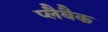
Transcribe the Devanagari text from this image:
प्लैबैक